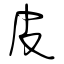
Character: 皮